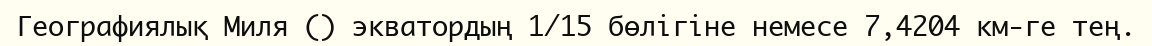
Географиялық Миля () экватордың 1/15 бөлігіне немесе 7,4204 км-ге тең.